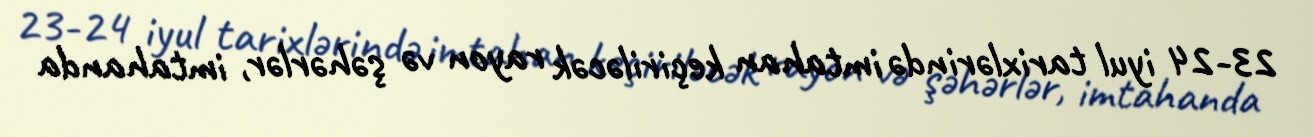
23-24 iyul tarixlərində imtahan keçiriləcək rayon və şəhərlər, imtahanda